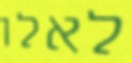
לאלו